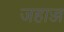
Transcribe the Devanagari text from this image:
जहाज्ज